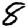
Digit: 8